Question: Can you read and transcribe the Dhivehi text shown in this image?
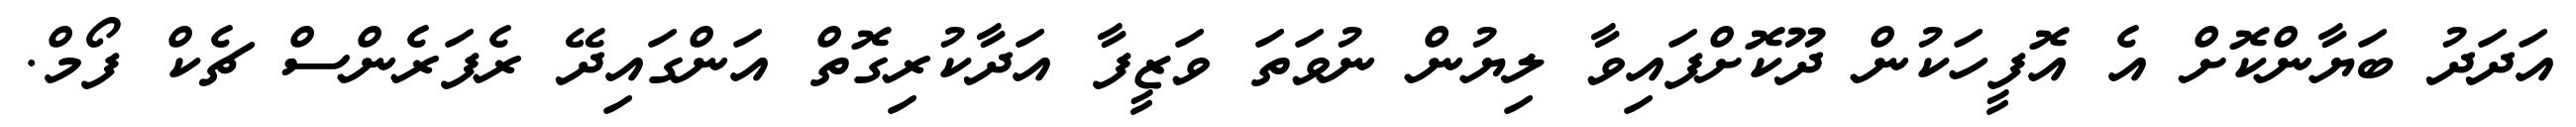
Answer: އަދަދު ބަޔާންކޮށް އެ އޮފީހަކުން ދޫކޮށްފައިވާ ލިޔުން ނުވަތަ ވަޒީފާ އަދާކުރިގޮތް އަންގައިދޭ ރެފަރެންސް ޗެކް ފޯމް.